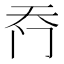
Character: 𮤮